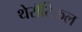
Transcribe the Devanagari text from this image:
थेरॉटिकल